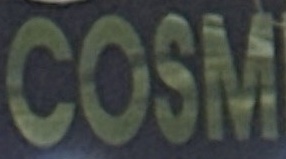
COSM